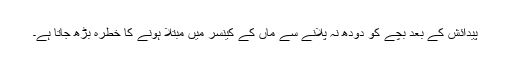
پیدائش کے بعد بچے کو دودھ نہ پلانے سے ماں کے کینسر میں مبتلا ہونے کا خطرہ بڑھ جاتا ہے۔